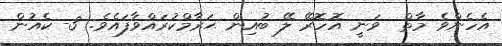
އެހެންވެ މާތް  ވަނީ އޮހޮރޭ ލޭ ބުއިން ޙަރާމްކުރައްވާފައެވެ. 3- ކެއުން